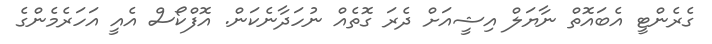
ގެރެންޓީ އެބައޮތް ނާޔަލް އިޝީއަށް ދެރަ ގޮތެއް ނުހަދާނެކަން. އޮފްކޯސް އެއީ އަހަރެމެންގެ